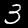
Label: 3